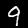
Digit: 9